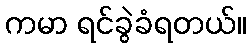
ကမာ ရင်ခွဲခံရတယ်။